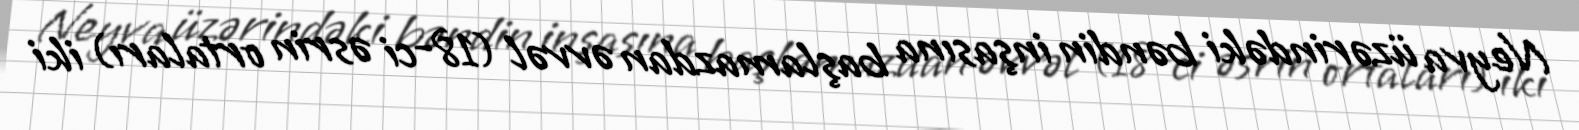
Neyva üzərindəki bəndin inşasına başlamazdan əvvəl (18-ci əsrin ortaları) iki